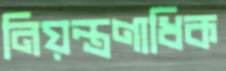
নিয়ন্ত্রণাধিক